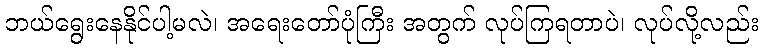
ဘယ်ရွေးနေနိုင်ပါ့မလဲ၊ အရေးတော်ပုံကြီး အတွက် လုပ်ကြရတာပဲ၊ လုပ်လို့လည်း